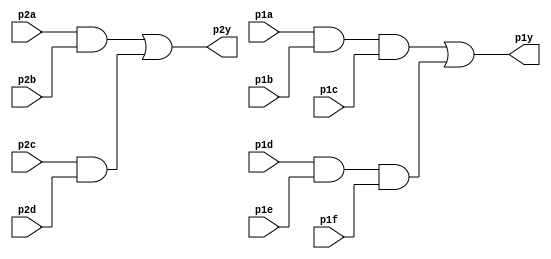
module top_module (
    input               p1a,
    input               p1b,
    input               p1c,
    input               p1d,
    input               p1e,
    input               p1f,
    output              p1y,
    input               p2a,
    input               p2b,
    input               p2c,
    input               p2d,
    output              p2y
);

    wire                and_p2a_p2b;
    wire                and_p2c_p2d;

    assign and_p2a_p2b = p2a & p2b;
    assign and_p2c_p2d = p2c & p2d;

    assign p2y = and_p2a_p2b | and_p2c_p2d;

    wire                and_p1a_p1b_p1c;
    wire                and_p1d_p1e_p1f;

    assign and_p1a_p1b_p1c = p1a & p1b & p1c;
    assign and_p1d_p1e_p1f = p1d & p1e & p1f;

    assign p1y = and_p1a_p1b_p1c | and_p1d_p1e_p1f;

endmodule